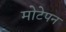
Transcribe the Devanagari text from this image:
मोटेपन